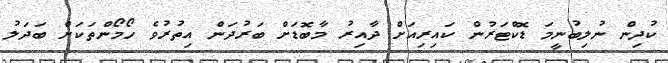
ކުދިން ނުލިބުނީމަ ޑޮކްޓަރުން ކައިރިއަށް ދާއިރު މާބޮޑަށް ބަރުދަން އިތުރުވެ ހޯމޯންތަކަށް ބަދަލު